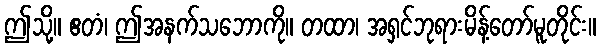
ဤသို့။ ဧတံ၊ ဤအနက်သဘောကို။ တထာ၊ အရှင်ဘုရားမိန့်တော်မူတိုင်း။